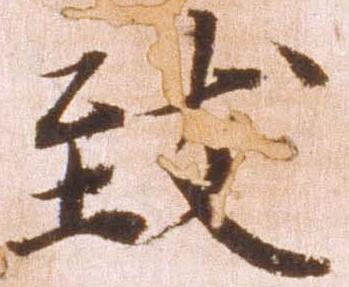
致